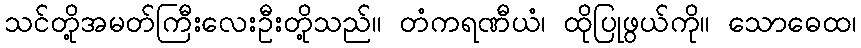
သင်တို့အမတ်ကြီးလေးဦးတို့သည်။ တံကရဏီယံ၊ ထိုပြုဖွယ်ကို။ သောဓေထ၊